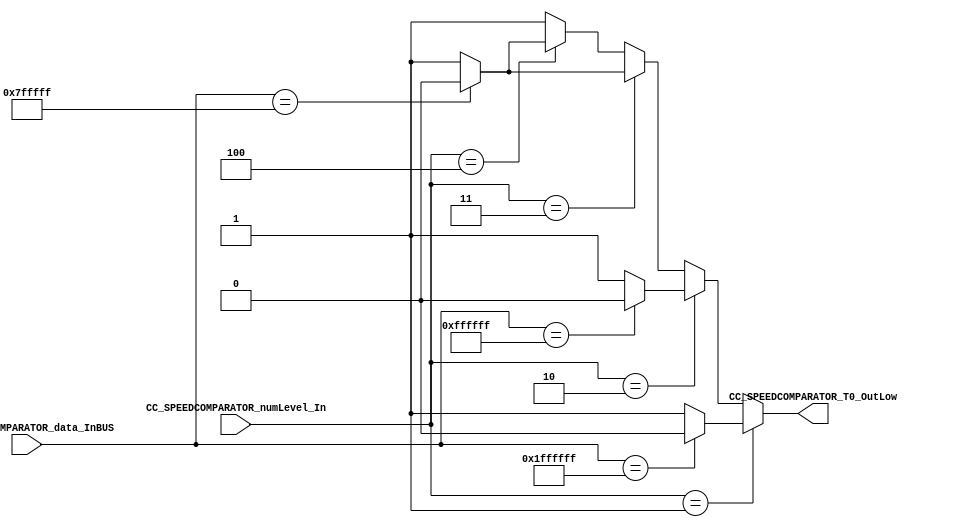
/*######################################################################
//#	G0B1T: HDL EXAMPLES. 2018.
//######################################################################
//# Copyright (C) 2018. F.E.Segura-Quijano (FES) fsegura@uniandes.edu.co
//# 
//# This program is free software: you can redistribute it and/or modify
//# it under the terms of the GNU General Public License as published by
//# the Free Software Foundation, version 3 of the License.
//#
//# This program is distributed in the hope that it will be useful,
//# but WITHOUT ANY WARRANTY; without even the implied warranty of
//# MERCHANTABILITY or FITNESS FOR A PARTICULAR PURPOSE.  See the
//# GNU General Public License for more details.
//#
//# You should have received a copy of the GNU General Public License
//# along with this program.  If not, see <http://www.gnu.org/licenses/>
//####################################################################*/
//=======================================================
//  MODULE Definition
//=======================================================
module CC_SPEEDCOMPARATOR #(parameter SPEEDCOMPARATOR_DATAWIDTH_LVL1 = 25, parameter SPEEDCOMPARATOR_DATAWIDTH_LVL2 = 24,
									parameter SPEEDCOMPARATOR_DATAWIDTH_LVL3 = 23, parameter SPEEDCOMPARATOR_DATAWIDTH_LVL4 = 23)(
//////////// OUTPUTS //////////
	CC_SPEEDCOMPARATOR_T0_OutLow,
//////////// INPUTS //////////
	CC_SPEEDCOMPARATOR_data_InBUS,
	CC_SPEEDCOMPARATOR_numLevel_In
);
//=======================================================
//  PARAMETER declarations
//=======================================================

//=======================================================
//  PORT declarations
//=======================================================
output	reg CC_SPEEDCOMPARATOR_T0_OutLow;
input 	[SPEEDCOMPARATOR_DATAWIDTH_LVL1-1:0] CC_SPEEDCOMPARATOR_data_InBUS;
input		[2:0] CC_SPEEDCOMPARATOR_numLevel_In;
//=======================================================
//  REG/WIRE declarations
//=======================================================

//=======================================================
//  Structural coding
//=======================================================
always @(CC_SPEEDCOMPARATOR_numLevel_In, CC_SPEEDCOMPARATOR_data_InBUS)
begin
	if (CC_SPEEDCOMPARATOR_numLevel_In == 3'b001) begin //Nivel 1 (25 bits)
		if( CC_SPEEDCOMPARATOR_data_InBUS == 25'b1111111111111111111111111) CC_SPEEDCOMPARATOR_T0_OutLow = 1'b0;
		else CC_SPEEDCOMPARATOR_T0_OutLow = 1'b1;
	end else if (CC_SPEEDCOMPARATOR_numLevel_In == 3'b010) begin //Nivel 2 (24 bits)
		if( CC_SPEEDCOMPARATOR_data_InBUS == 25'b0111111111111111111111111) CC_SPEEDCOMPARATOR_T0_OutLow = 1'b0;
		else CC_SPEEDCOMPARATOR_T0_OutLow = 1'b1;
	end else if (CC_SPEEDCOMPARATOR_numLevel_In == 3'b011) begin //Nivel 3 (23 bits)
		if( CC_SPEEDCOMPARATOR_data_InBUS == 25'b0011111111111111111111111) CC_SPEEDCOMPARATOR_T0_OutLow = 1'b0;
		else CC_SPEEDCOMPARATOR_T0_OutLow = 1'b1;
	end else if (CC_SPEEDCOMPARATOR_numLevel_In == 3'b100) begin //Nivel 4 (23 bits)
		if( CC_SPEEDCOMPARATOR_data_InBUS == 25'b0011111111111111111111111) CC_SPEEDCOMPARATOR_T0_OutLow = 1'b0;
		else CC_SPEEDCOMPARATOR_T0_OutLow = 1'b1;
	end else CC_SPEEDCOMPARATOR_T0_OutLow = 1'b1;
end

endmodule